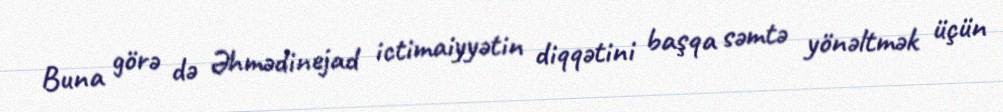
Buna görə də Əhmədinejad ictimaiyyətin diqqətini başqa səmtə yönəltmək üçün